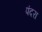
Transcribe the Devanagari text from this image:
पंदरा